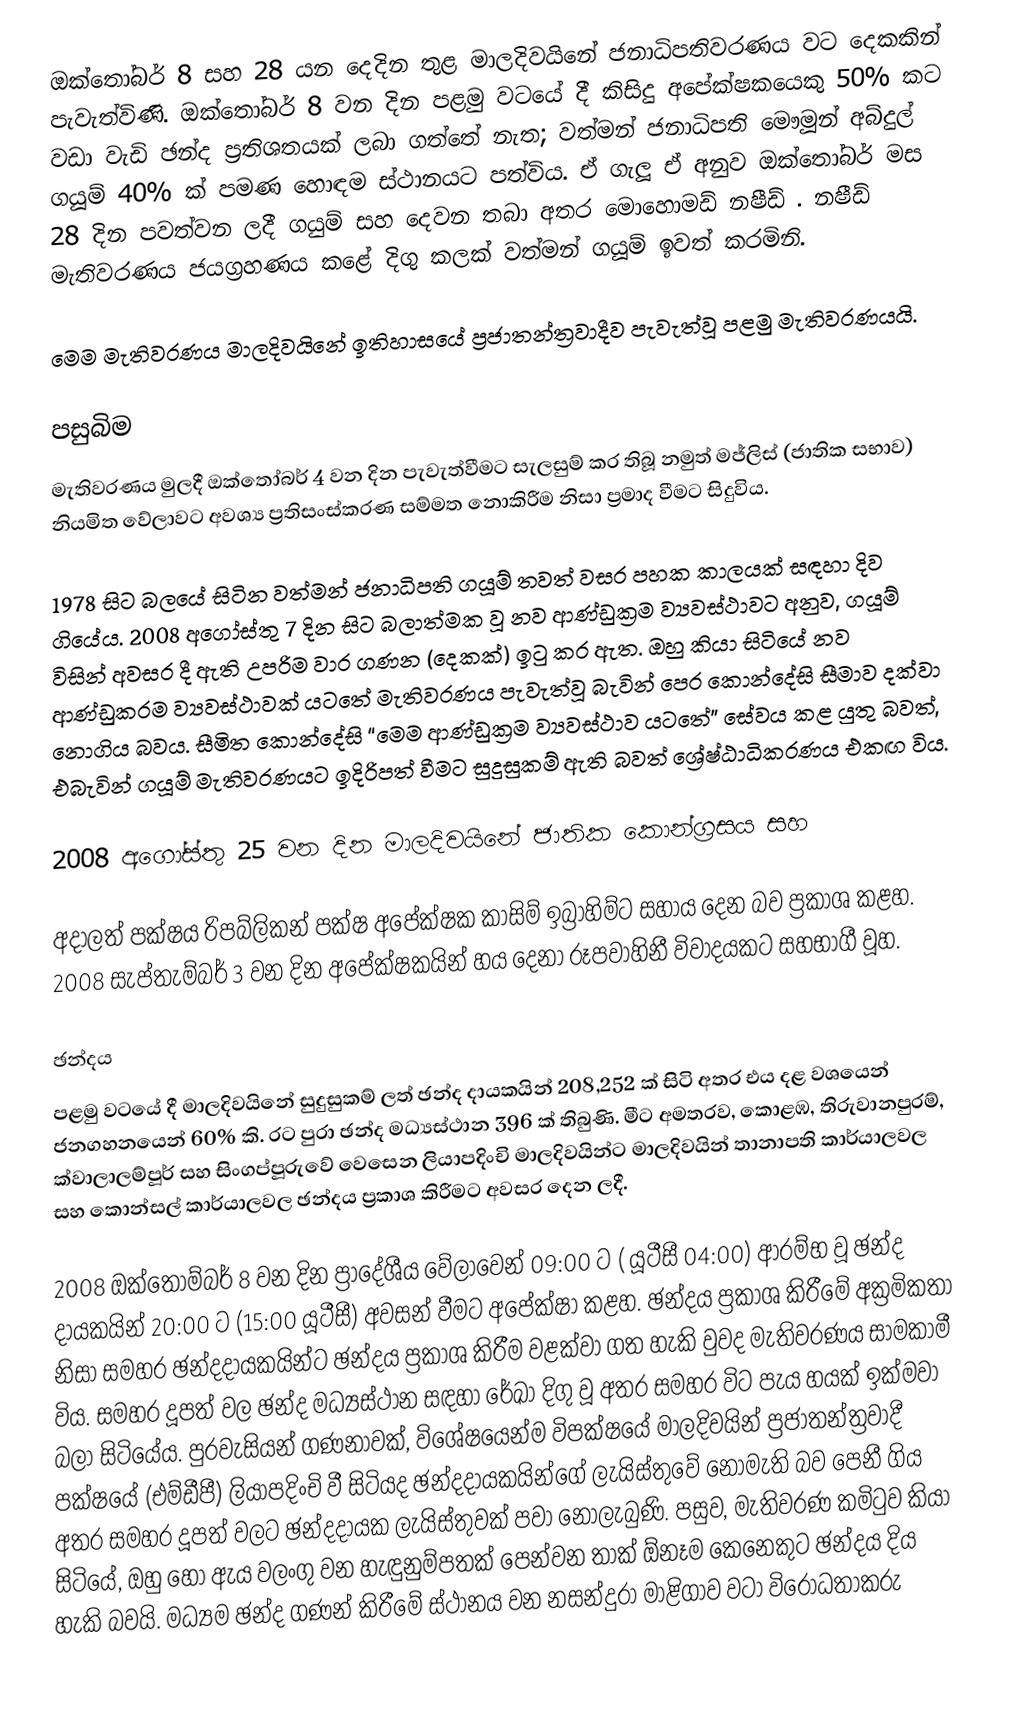
ඔක්තෝබර් 8 සහ 28 යන දෙදින තුළ මාලදිවයිනේ ජනාධිපතිවරණය වට දෙකකින් පැවැත්විණි.  ඔක්තෝබර් 8 වන දින පළමු වටයේ දී කිසිදු අපේක්ෂකයෙකු 50% කට වඩා වැඩි ඡන්ද ප්‍රතිශතයක් ලබා ගත්තේ නැත; වත්මන් ජනාධිපති මෞමූන් අබ්දුල් ගයූම් 40% ක් පමණ හොඳම ස්ථානයට පත්විය. ඒ ගැලූ ඒ අනුව ඔක්තෝබර් මස 28 දින පවත්වන ලදී  ගයුම් සහ දෙවන තබා අතර මොහොමඩ් නෂීඩ් .  නෂීඩ් මැතිවරණය ජයග්‍රහණය කළේ දිගු කලක් වත්මන් ගයූම් ඉවත් කරමිනි.

මෙම මැතිවරණය මාලදිවයිනේ ඉතිහාසයේ ප්‍රජාතන්ත්‍රවාදීව පැවැත්වූ පළමු මැතිවරණයයි.

පසුබිම
මැතිවරණය මුලදී ඔක්තෝබර් 4 වන දින පැවැත්වීමට සැලසුම් කර තිබූ නමුත්  මජ්ලිස් (ජාතික සභාව) නියමිත වේලාවට අවශ්‍ය ප්‍රතිසංස්කරණ සම්මත නොකිරීම නිසා ප්‍රමාද වීමට සිදුවිය.

1978 සිට බලයේ සිටින වත්මන් ජනාධිපති ගයූම් තවත් වසර පහක කාලයක් සඳහා දිව ගියේය. 2008 අගෝස්තු 7 දින සිට බලාත්මක වූ නව ආණ්ඩුක්‍රම ව්‍යවස්ථාවට අනුව, ගයූම් විසින් අවසර දී ඇති උපරිම වාර ගණන (දෙකක්) ඉටු කර ඇත. ඔහු කියා සිටියේ නව ආණ්ඩුක‍්‍රම ව්‍යවස්ථාවක් යටතේ මැතිවරණය පැවැත්වූ බැවින් පෙර කොන්දේසි සීමාව දක්වා නොගිය බවය.  සීමිත කොන්දේසි “මෙම ආණ්ඩුක්‍රම ව්‍යවස්ථාව යටතේ” සේවය කළ යුතු බවත්, එබැවින් ගයූම් මැතිවරණයට ඉදිරිපත් වීමට සුදුසුකම් ඇති බවත්  ශ්‍රේෂ්ඨාධිකරණය එකඟ විය.

2008 අගෝස්තු 25 වන දින මාලදිවයිනේ ජාතික කොන්ග්‍රසය සහ

අදාලත් පක්ෂය රිපබ්ලිකන් පක්ෂ අපේක්ෂක කාසිම් ඉබ්‍රාහිම්ට සහාය දෙන බව ප්‍රකාශ කළහ.  2008 සැප්තැම්බර් 3 වන දින අපේක්ෂකයින් හය දෙනා රූපවාහිනී විවාදයකට සහභාගී වූහ.

ඡන්දය
පළමු වටයේ දී මාලදිවයිනේ සුදුසුකම් ලත් ඡන්ද දායකයින් 208,252 ක් සිටි අතර එය දළ වශයෙන් ජනගහනයෙන් 60% කි.  රට පුරා ඡන්ද මධ්‍යස්ථාන 396 ක් තිබුණි.  මීට අමතරව, කොළඹ, තිරුවානපුරම්, ක්වාලාලම්පූර් සහ සිංගප්පූරුවේ වෙසෙන ලියාපදිංචි මාලදිවයින්ට මාලදිවයින් තානාපති කාර්යාලවල සහ කොන්සල් කාර්යාලවල ඡන්දය ප්‍රකාශ කිරීමට අවසර දෙන ලදී.

2008 ඔක්තෝම්බර් 8 වන දින ප්‍රාදේශීය වේලාවෙන් 09:00 ට ( යූටීසී 04:00) ආරම්භ වූ ඡන්ද දායකයින් 20:00 ට (15:00 යූටීසී) අවසන් වීමට අපේක්ෂා කළහ.  ඡන්දය ප්‍රකාශ කිරීමේ අක්‍රමිකතා නිසා සමහර ඡන්දදායකයින්ට ඡන්දය ප්‍රකාශ කිරීම වළක්වා ගත හැකි වුවද මැතිවරණය සාමකාමී විය.  සමහර දූපත් වල ඡන්ද මධ්‍යස්ථාන සඳහා රේඛා දිගු වූ අතර සමහර විට පැය හයක් ඉක්මවා බලා සිටියේය.  පුරවැසියන් ගණනාවක්, විශේෂයෙන්ම විපක්ෂයේ මාලදිවයින් ප්‍රජාතන්ත්‍රවාදී පක්ෂයේ (එම්ඩීපී) ලියාපදිංචි වී සිටියද ඡන්දදායකයින්ගේ ලැයිස්තුවේ නොමැති බව පෙනී ගිය අතර සමහර දූපත් වලට ඡන්දදායක ලැයිස්තුවක් පවා නොලැබුණි.   පසුව, මැතිවරණ කමිටුව කියා සිටියේ, ඔහු හෝ ඇය වලංගු වන හැඳුනුම්පතක් පෙන්වන තාක් ඕනෑම කෙනෙකුට ඡන්දය දිය හැකි බවයි.  මධ්‍යම ඡන්ද ගණන් කිරීමේ ස්ථානය වන නසන්දුරා මාළිගාව වටා විරෝධතාකරු